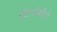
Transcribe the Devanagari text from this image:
एंटरटेन्मेंटचे